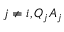
j \neq i , Q _ { j } A _ { j }